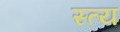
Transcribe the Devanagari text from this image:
स्त्य